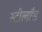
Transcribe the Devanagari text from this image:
स्टीलहैड